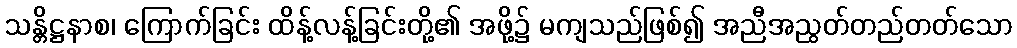
သန္တိဋ္ဌနာစ၊ ကြောက်ခြင်း ထိန့်လန့်ခြင်းတို့၏ အဖို့၌ မကျသည်ဖြစ်၍ အညီအညွတ်တည်တတ်သော